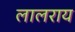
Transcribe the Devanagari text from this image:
लालराय